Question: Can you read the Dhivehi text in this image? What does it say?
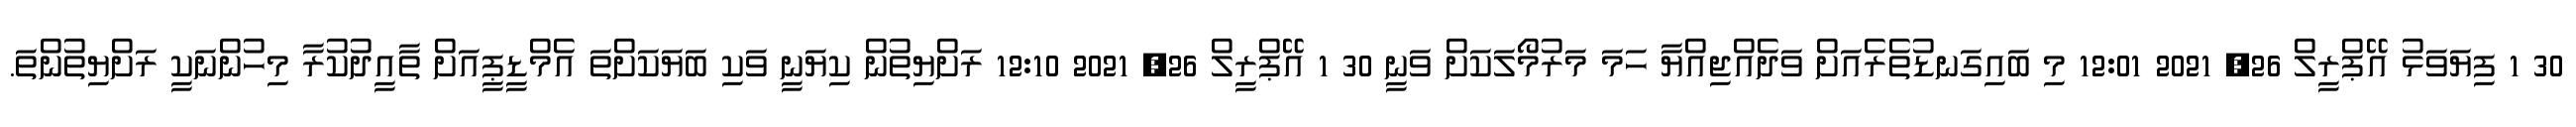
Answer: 30 1 ފިޔަވަޅު އޭޕްރީލް 26, 2021 12:01 މި ބައިގަނޑުތެރެއަށް ވަދެއްޖިއްޔާ ހަމަ މަރުމޯލަކަށް ވަނީ 30 1 އޭޕްރީލް 26, 2021 12:10 ރަށްޔިތުން ކިޔަނީ ވަކި ބަޔަކަށްތަ އެމްޑީޕީއަށް ތާއީދުކުރާ މިހުންނަކީ ރަށްޔިތުންތަ.